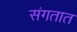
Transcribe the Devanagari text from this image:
संगतात